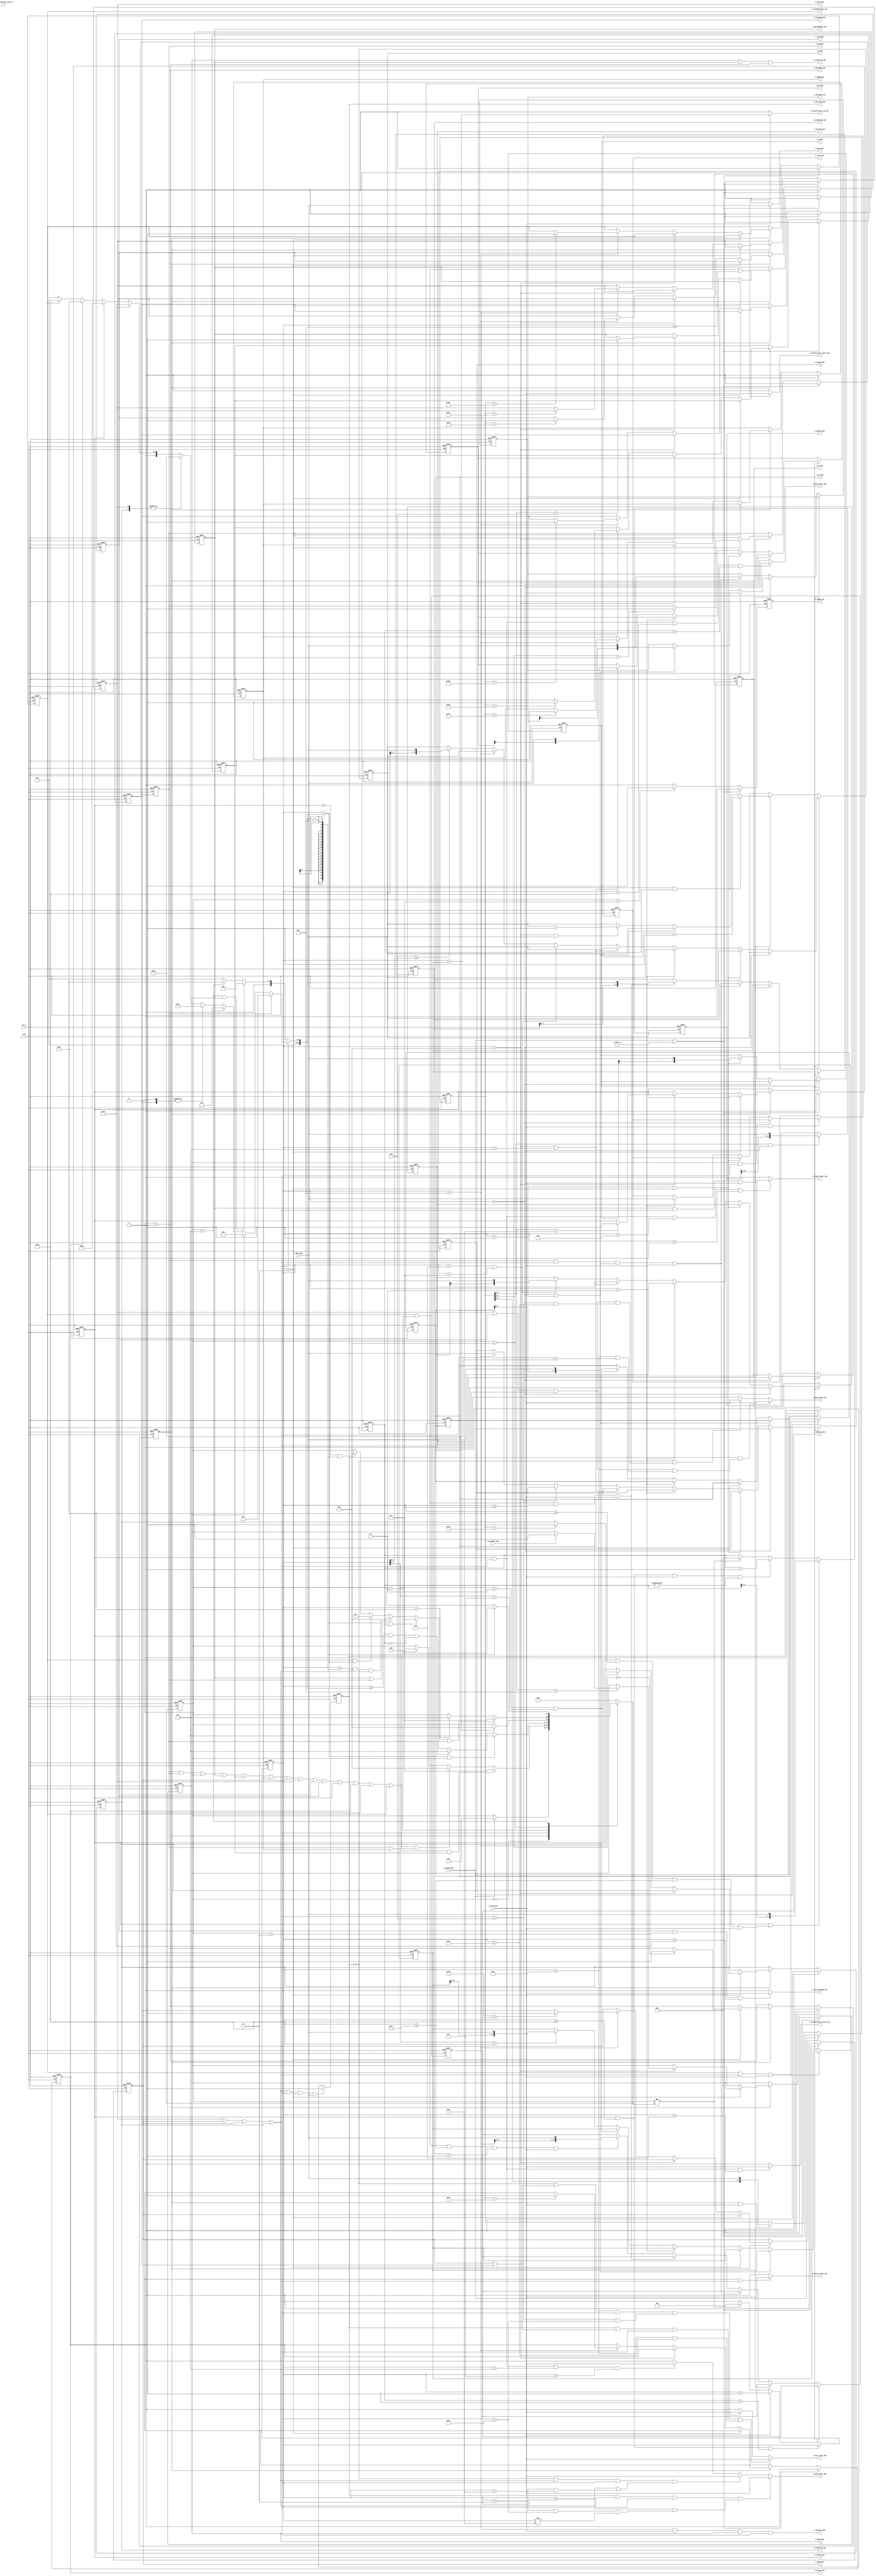
`timescale 1ns/100ps
module	decode	(
	input	clk		,
	input	rst_n	,
	input	i_valid_dem	,
	input	i_data_dem	,
	input	i_newcmd_dem	,
	input	i_preamble_dem	,
	input	i_clear_cu	,
	//--------------added by lhzhu -------------//
	input	[1:0]	i_Authenticate_step_cu ,
	//--------------added by lhzhu -------------//
	output	reg 		o_Query_dec	,
	output	reg 		o_QueryRep_dec	,
	output	reg 		o_QueryAdjust_dec	,
	output	reg 		o_ACK_dec	,
	output	reg 		o_ReqRN_dec	,
	output	reg 		o_Read_dec	,
	output	reg 		o_Write_dec	,
	output	reg 		o_TestWrite_dec	,
	output	reg 		o_TestRead_dec,
	output	reg 		o_Lock_dec	,
	output	reg 		o_Select_dec	,
	output	reg 		o_inventory_dec	,
	output	reg 		o_data_dec	,
	output	reg 		o_cmdok_dec	,
	output	reg 		o_dr_dec		,
	output	reg [15:0]	o_handle_dec	,
	output	reg 		o_Lock_payload_dec	,
	output	reg [3:0]	o_q_dec		,
	output	reg [1:0]	o_m_dec		,
	output	reg 		o_length_shift_dec	,
	output	reg 		o_mask_shift_dec	,
	output	reg 		o_targetaction_shift_dec	,
	output	reg 		o_addr_shift_dec	,
	output	reg 		o_data_shift_dec	,
	output	reg 		o_wcnt_shift_dec	,
	output	reg 		o_trext_dec	,
	output	reg 		o_target_dec	,
	output	reg [1:0]	o_session_dec	,
	output	reg 		o_session_done	,
	output	reg [1:0]	o_session2_dec	,
	output	reg [1:0]	o_sel_dec	,
	output	reg 		o_Access_dec	,
	output	reg 		o_access_shift_dec	,
	output	reg 		o_ebv_flag_dec	,
//--------------added by lhzhu -------------//
	output	reg 		o_Authenticate_dec ,
	output	reg 		o_Authenticate_shift_dec	,			//authenticate
	output	reg 		o_Authenticate_ok_dec	,			//authenticate
	output	reg	[7:0]	o_csi_dec		,							//CSI
	output	reg [7:0]	o_AuthParam_dec	,	
	output	reg [15:0]	o_Address_dec
	);

reg				o_NAK_dec	;
reg  [1:0]		o_rfu_dec ;
reg  			o_senRep_dec;
reg  			o_incRepLen_dec;
reg  [11:0]		message_length;

parameter	IDLE     	=	3'b000	; 
parameter	HUFFMAN 	=	3'b001	; 
parameter	DATA     	=	3'b010	; 
parameter	MESSAGE   	=	3'b011	; 
parameter	HANDLE   	=	3'b100	; 
parameter	CRC     	=	3'b101	; 
parameter	DONE     	=	3'b111	; 
	
reg	[2:0] 	state, next	;
reg	[10:0]	counter		;
reg	[7:0]	length		;
reg	[7:0]	huffbuf		;
reg			cmd_name_ok	;
reg	[10:0]	max_bits_data	;

always	@(posedge clk or negedge rst_n)
	if (~rst_n)
		state	<=	IDLE		;
	else state	<=	next		;
	
always @ (*)
	begin
			next	=	state	;
	case	(state	)
	IDLE:	
		if (i_newcmd_dem)
			next	=	HUFFMAN	;
		else
			next	=	state	;
	HUFFMAN:
		if (cmd_name_ok && o_NAK_dec) //NAKarbitrateready
			next	=	DONE	;
		else if (cmd_name_ok && (o_ACK_dec||o_ReqRN_dec))//HANDLE
			next	=	HANDLE	;
		else if (cmd_name_ok)		  
			next	=	DATA	;
		else
			next	=	state	;
	DATA:
		if (counter==max_bits_data && o_Query_dec) //DATA
			next	=	CRC	;
		else if(counter>=max_bits_data && o_Select_dec && length == 8'h00) //selecthandle
			next	=	CRC	;
		else if (counter==max_bits_data && (o_QueryAdjust_dec||o_QueryRep_dec) )//queryadjust queryrep CRChandle
			next	=	DONE	;
		else if (counter==(max_bits_data-'d8)&& (o_Write_dec ||o_Read_dec ||o_TestRead_dec ||o_TestWrite_dec ) && ~o_ebv_flag_dec ) //ebvread/writemax_bit_data-8
			next	=	HANDLE	;
		else if (o_Authenticate_dec && counter==max_bits_data )
			next 	= 	MESSAGE;
		else if (~o_Select_dec && counter==max_bits_data)//
			next	=	HANDLE	;
		else 
			next	=	state	;
	MESSAGE:
		if(counter == message_length)
			next	=	HANDLE	;
	HANDLE:
		if (counter=='d16 && o_ACK_dec) //ACKCRC16
			next	=	DONE	;
		else if (counter=='d16) //handle16CRCclk
			next	=	CRC	;
		else
			next	=	state	;
	CRC:
		if (counter==max_bits_data )
			next	=	DONE	;
		else 
			next	=	state 	;
	DONE :		next 	=	IDLE 	;
	default:	next	=	IDLE	;
	endcase
	end	

always	@(posedge clk or negedge rst_n)
	if (~rst_n)
		huffbuf		<=	8'h0	;
	else if (i_newcmd_dem)
		huffbuf		<=	8'h0	;
	else if (state==HUFFMAN && i_valid_dem)//PIE
		huffbuf		<=	{huffbuf[6:0],i_data_dem}	; //i_valid_demhuffbuf
		
always	@(posedge clk or negedge rst_n) //counter,counterdecode
	if (~rst_n)
		counter		<=	'h0	;
	else if (o_Select_dec && (counter >= 'd24) && length> 8'h01 ) //select25maskcountercounter24mask
		counter		<=	counter	; 								//length>8'h01?
	else if (i_valid_dem)
		counter		<=	counter + 'h1	;   //i_valid_dem1CLKclkcounter+1
	else if (state!=next)
		counter		<=	'h0	; 				// 0

always	@(posedge clk or negedge rst_n)//Select SelectLengthIventorytag population
	if(~rst_n)
		length		<=	8'h00	;
	else if (o_Select_dec||o_Select_dec && counter >= 'd16 && counter <= 'd23 && i_valid_dem)  //EBV8bit3+3+2+8=16lengthlength17-24	counter=8d161617
		length		<=	{length[6:0],i_data_dem}	;											//counter=2324counter=24Mask
	else if (o_Select_dec && (counter >= 'd24) && i_valid_dem && length != 'h0) //Mask1
		length		<=	length - 8'h1	;
	else if (state != next)
		length		<=	8'h00;
		
always	@(posedge clk or negedge rst_n)
	if (~rst_n )
		begin
		o_QueryRep_dec		<=	1'b0	;
		o_ACK_dec			<=	1'b0	;
		o_Query_dec			<=	1'b0	;
		o_QueryAdjust_dec	<=	1'b0	;
		o_NAK_dec			<=	1'b0	;
		o_ReqRN_dec			<=	1'b0	;
		o_Read_dec			<=	1'b0	;
		o_Write_dec			<=	1'b0	;
		o_TestWrite_dec		<=	1'b0	;
		o_Lock_dec			<=	1'b0	;
		o_Select_dec		<=	1'b0	;
		o_Access_dec		<=	1'b0	;
		o_TestRead_dec		<=	1'b0	;
		o_Authenticate_dec <= 1'd0  ;//by lhzhu
		end
	else if (i_newcmd_dem || i_clear_cu)
		begin
		o_QueryRep_dec		<=	1'b0	;
		o_ACK_dec			<=	1'b0	;
		o_Query_dec			<=	1'b0	;
		o_QueryAdjust_dec	<=	1'b0	;
		o_NAK_dec			<=	1'b0	;
		o_ReqRN_dec			<=	1'b0	;
		o_Read_dec			<=	1'b0	;
		o_Write_dec			<=	1'b0	;
		o_TestWrite_dec		<=	1'b0	;
		o_Lock_dec			<=	1'b0	;
		o_Select_dec		<=	1'b0	;
		o_Access_dec		<=	1'b0	;
		o_TestRead_dec		<=	1'b0	;
		o_Authenticate_dec <= 1'd0  ;//by lhzhu
		end
	else if (state==HUFFMAN) begin 
		if (counter=='h2)
			case(huffbuf[1:0])
			2'b00:		o_QueryRep_dec		<=	1'b1	;
			2'b01:		o_ACK_dec			<=	1'b1	;
			default:	;
			endcase
		else if (counter=='h4)
			case(huffbuf[3:0])
			4'b1000:	
				if (i_preamble_dem)
					o_Query_dec			<=	1'b1	;
			4'b1001:	o_QueryAdjust_dec		<=	1'b1	;	
			4'b1010:	o_Select_dec		<=	1'b1	;
			default:	;
			endcase
		else if (counter=='h8) //control
			case(huffbuf)
			8'hc0:		o_NAK_dec			<=	1'b1	;	
			8'hc1:		o_ReqRN_dec			<=	1'b1	;	
			8'hc2:		o_Read_dec			<=	1'b1	;	
			8'hc3:		o_Write_dec			<=	1'b1	;
			8'hc5:		o_Lock_dec			<=	1'b1	;	
			8'hc6:		o_Access_dec		<=	1'b1	;
			8'hc8:		o_TestWrite_dec		<=	1'b1	;	
			8'hda:		o_TestRead_dec		<=	1'b1	;
			8'hd5:		o_Authenticate_dec  <=  1'b1    ; 
			default:	;
			endcase
			else;
		end
		else;
		
always @ (*)
	cmd_name_ok	=	o_QueryRep_dec	|| o_ACK_dec	|| o_Query_dec	|| o_QueryAdjust_dec
				|| o_NAK_dec	|| o_ReqRN_dec	|| o_Read_dec	|| o_Write_dec	
				|| o_TestWrite_dec || o_Lock_dec || o_Select_dec|| o_Access_dec
				||o_TestRead_dec||o_Authenticate_dec;

always @ (*)
	o_inventory_dec	=	o_Query_dec || o_QueryAdjust_dec || o_QueryRep_dec	;

always	@(posedge clk or negedge rst_n)
	if (~rst_n)
		o_cmdok_dec		<=	1'b0	; //command ok 
	else if (i_newcmd_dem || i_clear_cu)  //command
		o_cmdok_dec		<=	1'b0	;
	else if (state==DONE)
		o_cmdok_dec		<=	1'b1	; //,state=doneclk
	else
		o_cmdok_dec		<=	1'b0	;
		
always @ (*)
	if (state==DATA)
		case	(1'b1)
		o_QueryRep_dec:	
			max_bits_data	=	'd2	;
		o_Query_dec:
			max_bits_data	=	'd13	;
		o_QueryAdjust_dec:
			max_bits_data	=	'd5	;
		o_Read_dec,o_TestRead_dec:
			max_bits_data	=	'd26	;
		o_Write_dec, o_TestWrite_dec:
			max_bits_data	=	'd34	;
		o_Lock_dec	:			
			max_bits_data	=	'd20	;
		o_Select_dec :
			max_bits_data	=	'd25	;
		o_Access_dec :	
			max_bits_data	=	'd16	;
		o_Authenticate_dec:
			max_bits_data  =   'd24;
		default :
			max_bits_data 	=	'd0	;
		endcase
	else if (state ==CRC && o_Query_dec )
		max_bits_data 		=	'd5 	;
	else if (state ==CRC )
		max_bits_data 		=	'd16	;
	else
		max_bits_data	=	'd0	;
	
	
always @ (*)
	o_session_done	=	counter=='d8&&i_valid_dem&&o_Query_dec&&state==DATA; //querydata counter8 session

always	@(posedge clk or negedge rst_n)
	if (~rst_n)
		begin
		o_q_dec	<=	4'h0		;
		o_dr_dec	<=	1'b0	;
		o_m_dec	<=	2'h0		;
		o_trext_dec	<=	1'b0	;
		o_sel_dec	<=	2'b0	;
		o_session_dec<=	2'b0	;
		o_target_dec<=	1'b0	;
		o_session2_dec<=2'b0	;
		o_csi_dec	<=	8'b0 	;
		o_Address_dec <= 16'd0	;
		o_AuthParam_dec <= 8'hff	;
		end
	else if (o_Query_dec && state==DATA && i_valid_dem)
		begin
		if (counter=='d0)
			o_dr_dec	<=	i_data_dem		;
		else if (counter=='d1 || counter=='d2)
			o_m_dec	<=	{o_m_dec[0],i_data_dem}	;
		else if (counter=='d3)
			o_trext_dec	<=	i_data_dem		;
		else if (counter == 'd4 || counter == 'd5)
			o_sel_dec	<=	{o_sel_dec[0],i_data_dem}		;
		else if (counter == 'd6 || counter == 'd7 )
			begin	
			o_session_dec	<=	{o_session_dec[0],i_data_dem}	; // querydata 6/7  o_session_decsession
			end
		else if	(counter == 'd8)
			o_target_dec<=	i_data_dem		;
		else if (counter[3:0]>='d9)
			o_q_dec	<=	{o_q_dec[2:0],i_data_dem};
		end
	else if (o_QueryAdjust_dec  && state==DATA && i_valid_dem)
		begin 
		if (counter =='d2 && i_data_dem )
			o_q_dec 	<=	o_q_dec +1 		;
		else if (counter == 'd0 || counter == 'd1)
			o_session2_dec<=	{o_session2_dec[0],i_data_dem}; // query adjustdata 0/1  o_session_decsession
		else if (counter =='d4 && i_data_dem )
			o_q_dec 	<=	o_q_dec -1 		;
		end
	else if(o_QueryRep_dec && state == DATA&& (counter == 'd0 || counter == 'd1)&& i_valid_dem)
		o_session2_dec	<=	{o_session2_dec[0],i_data_dem};     // query repdata 0/1  o_session_decsession
	else if(o_Authenticate_dec && state == MESSAGE && (counter <= 'd7)&& i_valid_dem)
		o_AuthParam_dec <= {o_AuthParam_dec[6:0],i_data_dem};
	else if(o_Authenticate_dec && state == MESSAGE && (counter <= 'd23) && o_AuthParam_dec == 'h01 && i_valid_dem)
		 o_Address_dec	<= {o_Address_dec[14:0],i_data_dem};	
	else;

//--------------------------added by chengwu----------------------------	
always@(posedge clk or negedge rst_n)
if(~rst_n)
begin
		o_rfu_dec <='d0;
		o_senRep_dec<='d0;
		o_incRepLen_dec<='d0;
		o_csi_dec='d0;
		message_length<='d0;
end
else	if(o_Authenticate_dec && state == DATA && i_valid_dem)
        begin
			if(counter=='d0 || counter=='d1)
				o_rfu_dec <= {o_rfu_dec[0],i_data_dem};
			else if(counter=='d2)
				o_senRep_dec <= i_data_dem;
			else if(counter=='d3)
				o_incRepLen_dec  <= i_data_dem;
			else if(counter[4:0]>'d3 && counter[4:0]<'d12)
				o_csi_dec <= {o_csi_dec[6:0],i_data_dem};
			else if(counter[4:0]<'d24)
				message_length <= {message_length[10:0],i_data_dem};
		end
else;
			
//-----------------------------------------------------------------------		
				
always @(posedge clk or negedge rst_n)
	if(~rst_n)
		o_ebv_flag_dec	<=	1'b0	;
	else if((o_Write_dec ||o_Read_dec ||o_TestRead_dec ||o_TestWrite_dec ) && state ==DATA &&counter=='d2&& i_data_dem) //=11EBV
		o_ebv_flag_dec	<=	1'b1	; //counter2,banko_ebv_flag_dec=1'b1EBV
	 else if(i_newcmd_dem)//~(o_Write_dec ||o_Read_dec ||o_TestRead_dec ||o_TestWrite_dec ) )
		o_ebv_flag_dec	<=	1'b0	;

always @ (*)
	if(o_Access_dec && state == DATA)
		o_access_shift_dec	=	i_valid_dem		;
	else 
		o_access_shift_dec	=	1'b0			;

always @ (*)
	if(o_Lock_dec && state ==  DATA && counter <'d20 )
		o_Lock_payload_dec	=	i_valid_dem		;
	else
		o_Lock_payload_dec	=	1'b0			;
always @ (*)
	if (o_Select_dec && state == DATA && counter > 'd15 && counter < 'd24 ) //
		o_length_shift_dec	=	i_valid_dem		;
	else 
		o_length_shift_dec	=	1'b0			;

always @ (*) 
	if(o_Select_dec && state == DATA && counter == 'd24 && length >0) //selectmask shift
		o_mask_shift_dec 	=	i_valid_dem			;
	else	
		o_mask_shift_dec	=	1'b0			;
always @ (*)
	if (o_Select_dec && state == DATA && counter < 'd6) //
		o_targetaction_shift_dec	=	i_valid_dem		;
	else	
		o_targetaction_shift_dec	=	1'b0		;

always @ (*) 
	if (o_ebv_flag_dec && (o_Write_dec ||o_Read_dec ||o_TestRead_dec ||o_TestWrite_dec ) && state ==DATA &&((counter <'d2)|| (counter >'d2&&counter< 'd18)&&(counter != 'd10 )))//311EBV,
		o_addr_shift_dec	=	i_valid_dem 	;
	else if (~o_ebv_flag_dec&&(o_Write_dec ||o_Read_dec ||o_TestRead_dec ||o_TestWrite_dec ) && state ==DATA &&((counter <'d2) || (counter >'d2&&counter< 'd10) ))//3,
		o_addr_shift_dec	=	i_valid_dem 	;
	else if(o_Select_dec && state == DATA && counter >'d5 && counter <'d12)
		o_addr_shift_dec	=	i_valid_dem 	;
	else 
		o_addr_shift_dec 	=	1'b0 			;

always @ (*) 
	if (o_ebv_flag_dec&&(o_Read_dec ||o_TestRead_dec) &&state ==DATA && (counter >'d17 && counter <'d26)) //Wordcount for read
		o_wcnt_shift_dec	=	i_valid_dem 	;
	else if (~o_ebv_flag_dec&&(o_Read_dec ||o_TestRead_dec) &&state ==DATA && (counter >'d9 && counter <'d18))
		o_wcnt_shift_dec	=	i_valid_dem 	;
	else 
		o_wcnt_shift_dec 	=	1'b0 			;
		
always @ (*) 
	if (o_ebv_flag_dec&&( (o_Write_dec ||o_TestWrite_dec ) &&state ==DATA && (counter >'d17 && counter <'d34)))
		o_data_shift_dec	=	i_valid_dem 	;
	else if (~o_ebv_flag_dec&&((o_Write_dec ||o_TestWrite_dec ) &&state ==DATA && (counter >'d9 && counter <'d26)))
		o_data_shift_dec	=	i_valid_dem 	;
	else 
		o_data_shift_dec  	=	1'b0 			;			
	
	
always @ (*)
	if (i_valid_dem )
		o_data_dec		=	i_data_dem 	;
	else
		o_data_dec 		=	1'b0			;

always 	@(posedge clk or negedge rst_n ) //handle
	if (~rst_n )
		o_handle_dec	<=	16'h0 			;
	else if (state ==HANDLE && i_valid_dem )
		o_handle_dec 	<=	{o_handle_dec [14:0], i_data_dem }	;
		
 
 //-------------for authentication control, by lhzhu-------------
always @ (*)
	if (state ==MESSAGE && o_Authenticate_dec && counter >= 'd8)
		begin 
		o_Authenticate_shift_dec <= i_valid_dem;  // authenticate 
		o_Authenticate_ok_dec    <= counter == message_length ;
		end
	else begin
		o_Authenticate_shift_dec 	<=	1'b0 	;
		o_Authenticate_ok_dec 		<=	1'b0 	;
	end

endmodule